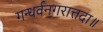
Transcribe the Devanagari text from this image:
गन्धर्वनगरात्तदा॥